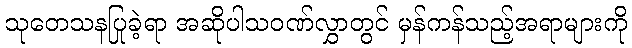
သုတေသနပြုခဲ့ရာ အဆိုပါသဝဏ်လွှာတွင် မှန်ကန်သည့်အရာများကို